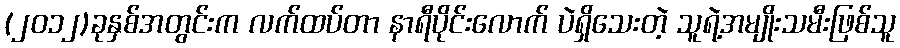
(၂၀၁၂)ခုနှစ်အတွင်းက လက်ထပ်တာ နာရီပိုင်းလောက် ပဲရှိသေးတဲ့ သူရဲ့အမျိုးသမီးဖြစ်သူ